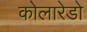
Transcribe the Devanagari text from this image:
कोलारेडो